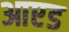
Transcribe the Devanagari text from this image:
आएड